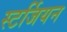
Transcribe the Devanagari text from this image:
स्टर्जियन